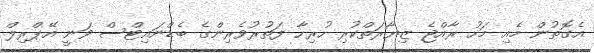
އެގޮތުން މެއި މަހު ރާއްޖެ ޒިޔާރަތްކުރި ހުރިހާ ފަތުރުވެރިންގެ ބެޑްނައިޓްސް ވަނީ އޭޕްރިލް